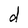
Character: d